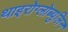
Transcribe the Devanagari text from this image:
थाइरोग्लोब्युलिन